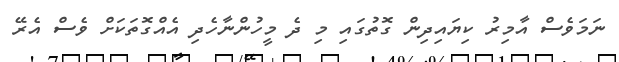
ނަމަވެސް އާމިރު ކިޔައިދިން ގޮތުގައި މި ދެ މީހުންނާހެދި އެއްގޮތަކަށް ވެސް އެރޭ